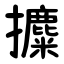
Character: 攗